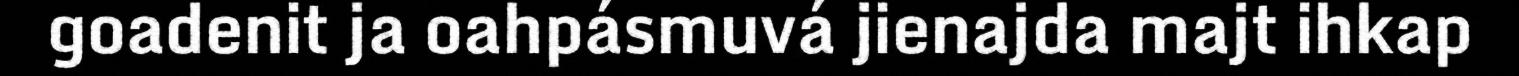
goadenit ja oahpásmuvá jienajda majt ihkap